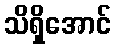
သိရှိအောင်